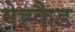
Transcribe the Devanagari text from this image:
मेह्कैड